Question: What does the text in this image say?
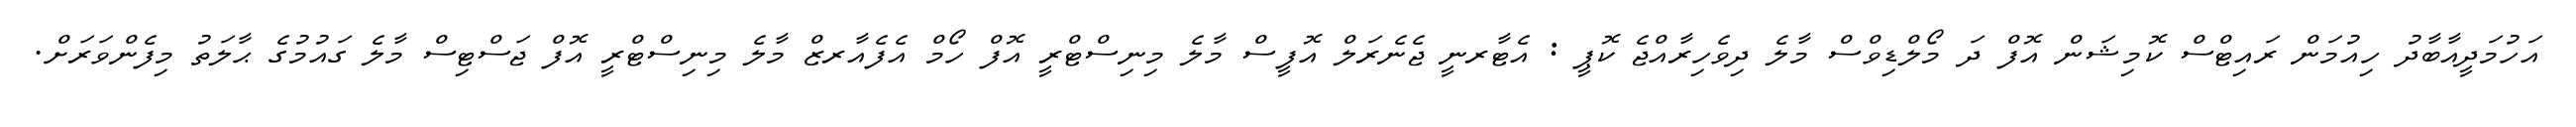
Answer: އަހުމަދީއާބާދު ހިއުމަން ރައިޓްސް ކޮމިޝަން އޮފް ދަ މޯލްޑިވްސް މާލެ ދިވެހިރާއްޖެ ކޮޕީ : އެޓާރނީ ޖެނެރަލް އޮފީސް މާލެ މިނިސްޓްރީ އޮފް ހޯމް އެފެއާރޒް މާލެ މިނިސްޓްރީ އޮފް ޖަސްޓިސް މާލެ ގައުމުގެ ޙާލަތު މިފެންވަރަށް.